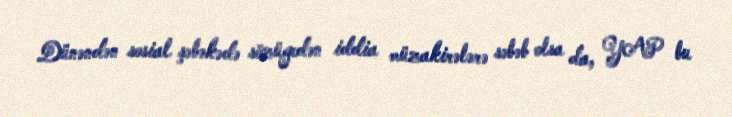
Dünəndən sosial şəbəkədə sözügedən iddia müzakirələrə səbəb olsa da, YAP bu